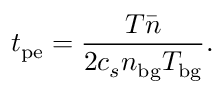
t _ { \mathrm { p e } } = \frac { T \bar { n } } { 2 c _ { s } n _ { \mathrm { b g } } T _ { \mathrm { b g } } } .